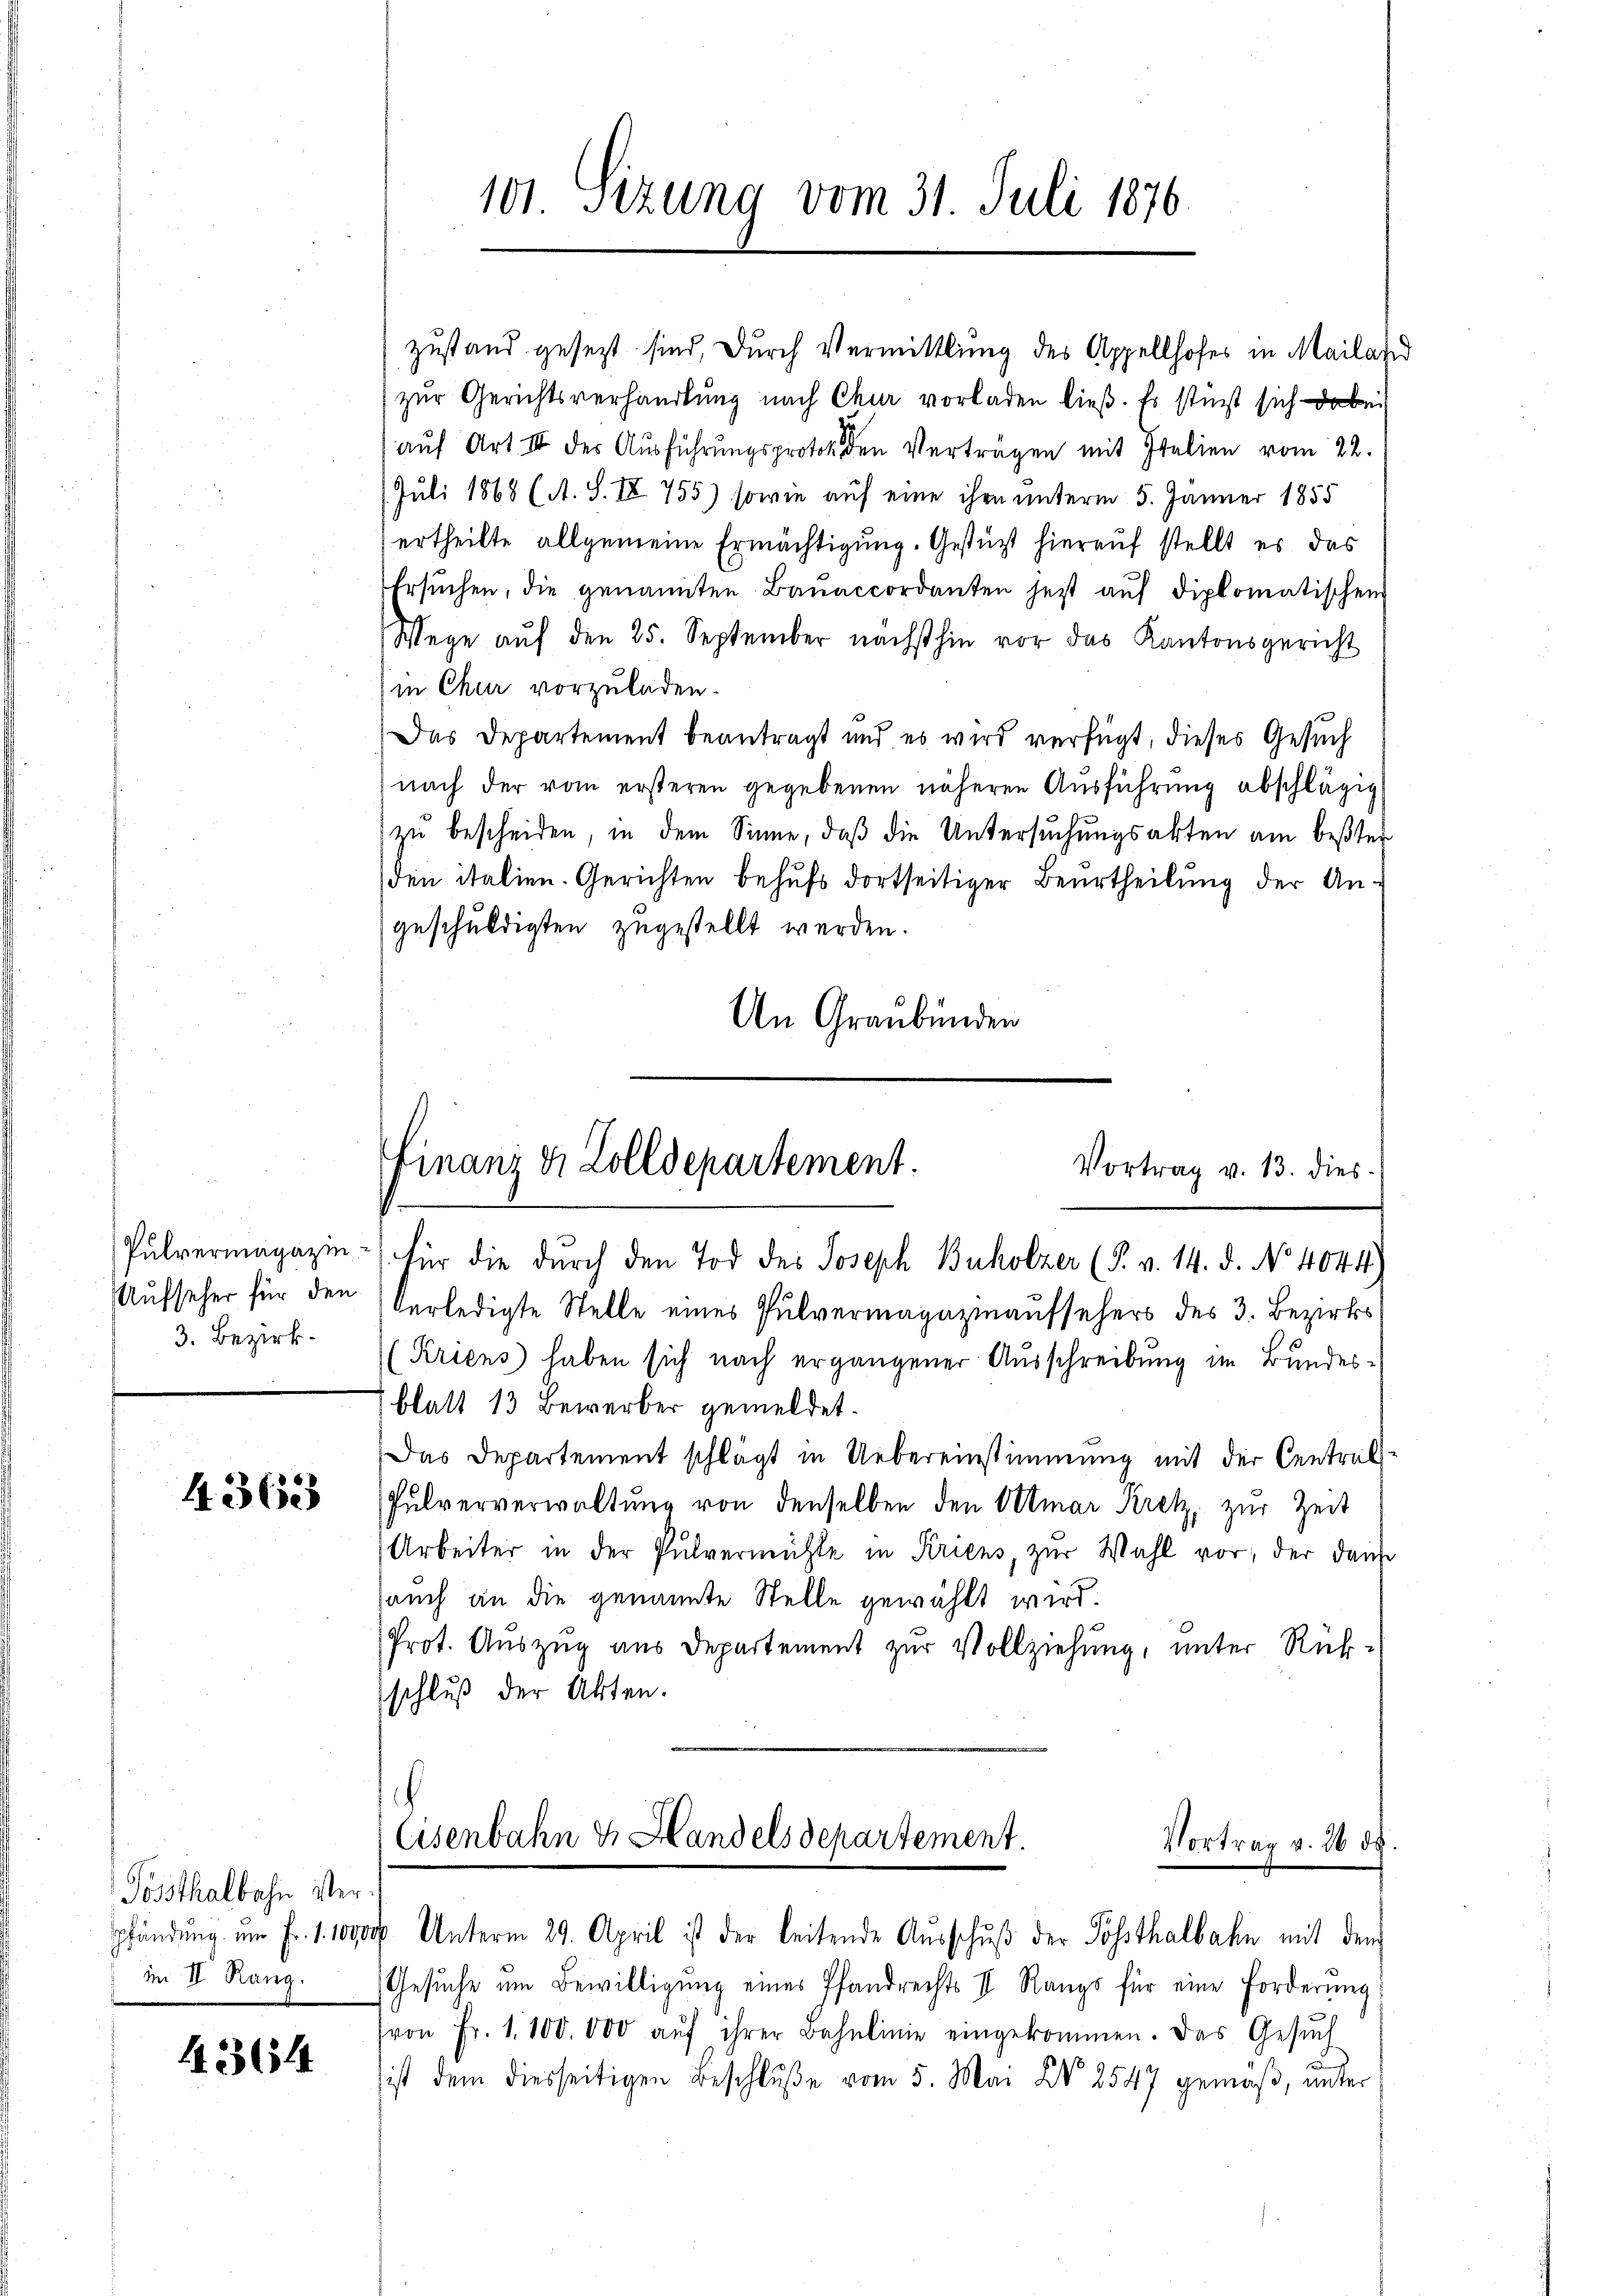
Aufseher für den
3. Bezirk.

4362

Pössthalbahn verpfändung um Fr. 1. 100,
M II Rang.

436

zustand gesezt sind, durch Vermittlung des Appellhofes in Mailar
zur Gerichtsverhandlung nach Chur vorladen ließ. Es stürzt sich dabei
aŭf Art III des Aŭsführŭngsprotoko den Verträgen mit Italien vom 22.
(Juli 1868 (A. S. IV 755) sowie auf eine ihre unterm 5. Jänner 1855
ertheilte allgemeine Ermächtigung. Gestützt hierauf stellt es das
Ersuchen, die genannten Bauaccordanten jetzt auf diplomatischen
Wege aŭf den 25. September nächsthin vor das Kantonsgericht
in Chur vorzuladen.
Das Departement beantragt und es wird verfügt, dieses Gesuch
nach der vom ersteren gegebenen näheren Ausführung abschlägig
zu bescheiden, in dem Sinne, daß die Untersuchungsakten am beßter
den italien. Gerichten behufs dortseitiger Beurtheilung der Angeschuldigten zugestellt werden.
An Graubünden

101. Sitzung vom 31. Juli 1876.

finanz u. Zolldepartement.
Vortrag v. 13. dies

Pulvermagazin - für die durch den Tod des Joseph Buholzer (§. v. 14. d. No 4044)

verledigte Stelle eines Pulvermagazinaufsehers des 3. Bezirks¬
(Kriens haben sich nach ergangener Ausschreibung im Bundesblatt 13 Bewerber gemeldet.
Das Departement schlägt in Uebereinstimmung mit der Central-
Pulververwaltung von denselben den Ottmar Kretz, zur Zeit
Arbeiter in der Pulvermühle in Kriens, zŭr Wahl vor, der dann
auch an die genannte Stelle gewählt wird.
Prot. Auszug aus Departement zur Vollziehung, unter Rück-
schluß der Akten.

1
Eisenbahn & Handelsdepartement.
Vortrag v. 26 de
dop Unterm 29. April ist der leitende Ausschuß der Posthalbahn mit dem

Gesuche um Bewilligung eines Pfandrechts I Rangs für eine Forderung
(von Fr. 1100.000 aŭf ihrer Bahnlinie eingekommen. Das Gesŭch
ist dem diesseitigen Beschlŭβe vom 5. Mai XV 2547 gemäβ ŭnter

d